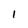
Character: 1